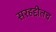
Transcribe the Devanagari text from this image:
सरहद्दीतच